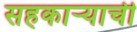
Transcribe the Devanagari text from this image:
सहकाऱ्याची